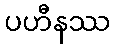
ပဟီနဿ